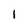
Character: i